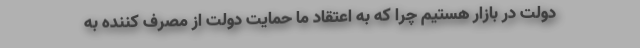
دولت در بازار هستیم چرا که به اعتقاد ما حمایت دولت از مصرف کننده به